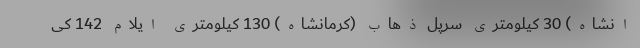
انشاه) 30 کیلومتری سرپل ذهاب (كرمانشاه) 130 کیلومتری ايلام 142 کی